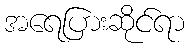
အရေပြားဆိုင်ရာ